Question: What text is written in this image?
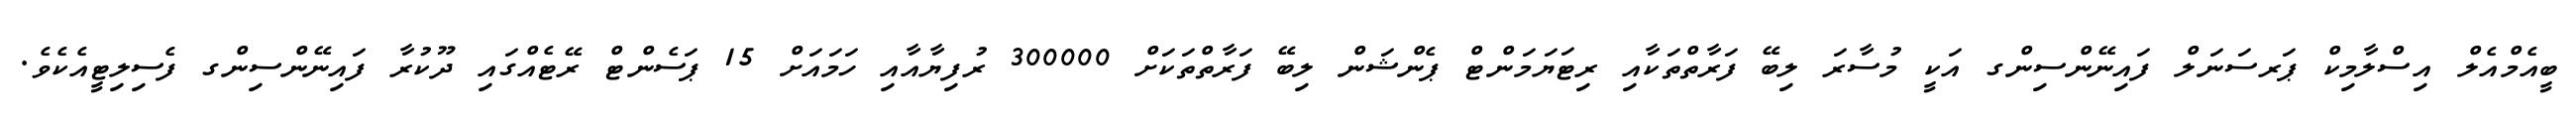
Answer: ބީއެމްއެލް އިސްލާމިކް ޕަރސަނަލް ފައިނޭންސިންގ އަކީ މުސާރަ ލިބޭ ފަރާތްތަކާއި ރިޓަޔަމަންޓް ޕެންޝަން ލިބޭ ފަރާތްތަކަށް 300000 ރުފިޔާއާއި ހަމައަށް 15 ޕަސެންޓް ރޭޓެއްގައި ދޫކުރާ ފައިނޭންސިންގ ފެސިލިޓީއެކެވެ.